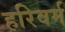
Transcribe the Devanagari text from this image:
हरिवर्म